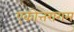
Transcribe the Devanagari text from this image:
एकोत्तरागम